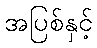
အပြစ်နှင့်